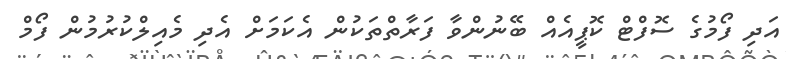
އަދި ފޯމުގެ ސޮފްޓް ކޮޕީއެއް ބޭނުންވާ ފަރާތްތަކުން އެކަމަށް އެދި މެއިލްކުރުމުން ފޯމް